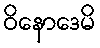
ဝိနောဒေမိ